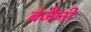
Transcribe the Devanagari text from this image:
बेजैनी